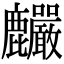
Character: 麣